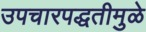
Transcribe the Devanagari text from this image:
उपचारपद्धतीमुळे